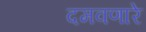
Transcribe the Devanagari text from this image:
दमवणारे